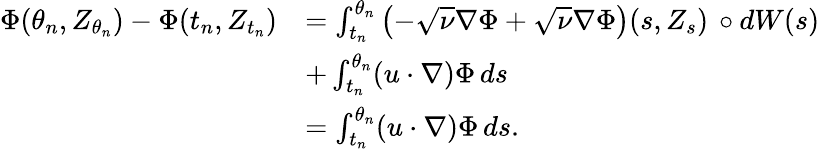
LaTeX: \begin{array}{rl}{\Phi(\theta_{n},Z_{\theta_{n}})-\Phi(t_{n},Z_{t_{n}})}&{=\int_{t_{n}}^{\theta_{n}}\left(-\sqrt{\nu}\nabla\Phi+\sqrt{\nu}\nabla\Phi\right)(s,Z_{s})\, \circ dW(s)}\\ &{+\int_{t_{n}}^{\theta_{n}}(u\cdot\nabla)\Phi\, ds}\\ &{=\int_{t_{n}}^{\theta_{n}}(u\cdot\nabla)\Phi\, ds.}\end{array}